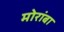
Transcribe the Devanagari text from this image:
मोरांबा